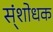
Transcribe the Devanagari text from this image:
स्ंशोधक